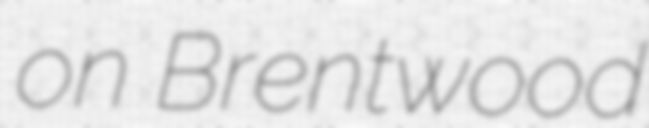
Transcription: on Brentwood